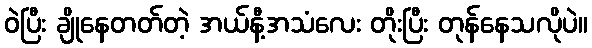
ဝဲပြီး ချိုနေတတ်တဲ့ အယ်နီ့အသံလေး တိုးပြီး တုန်နေသလိုပဲ။